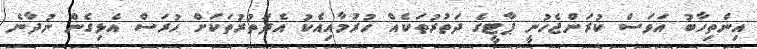
އިންތިހާބު އަވަސް ކުރަންޖެހުނީ ޕާޓީގެ ދަތުރުތަކެއް ހުރުމާއިއެކު އެދަތުރުތަކަށް ހުރަސް އެޅިގެން ނުދާނެ